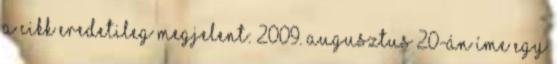
A cikk eredetileg megjelent: 2009. augusztus 20-án Íme egy